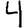
Digit: 4